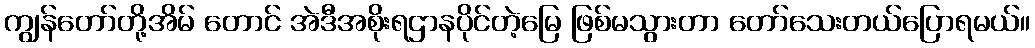
ကျွန်တော်တို့အိမ် တောင် အဲဒီအစိုးရဌာနပိုင်တဲ့မြေ ဖြစ်မသွားတာ တော်သေးတယ်ပြောရမယ်။